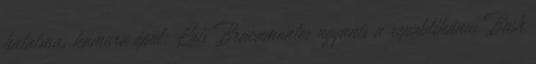
hatalmas kamura épül: Luis Bracamontes ugyanis a republikánus Bush